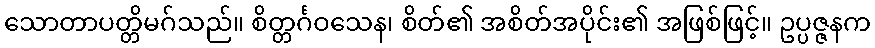
သောတာပတ္တိမဂ်သည်။ စိတ္တင်္ဂဝသေန၊ စိတ်၏ အစိတ်အပိုင်း၏ အဖြစ်ဖြင့်။ ဥပ္ပဇ္ဇနက